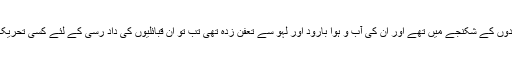
جب یہ علاقے شر پسندوں کے شکنجے میں تھے اور ان کی آب و ہوا بارود اور لہو سے تعفن زدہ تھی تب تو ان قبائلیوں کی داد رسی کے لئے کسی تحریک کا آغاز نہیں کیا گیا؟